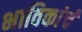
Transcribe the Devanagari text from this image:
भाविकांचं